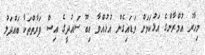
މިހާރު އުމްރާންގެ އަޅުކަމަށް ވަޑައިގެން އުޅުއްވާ އިބޫ ސައުދީގެ އިސް ފަރާތްތަކާ ބައްދަލު